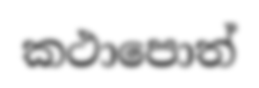
කථාපොත්